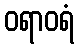
ဝရာဝရံ